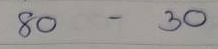
80 - 30